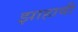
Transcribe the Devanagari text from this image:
झाहावी